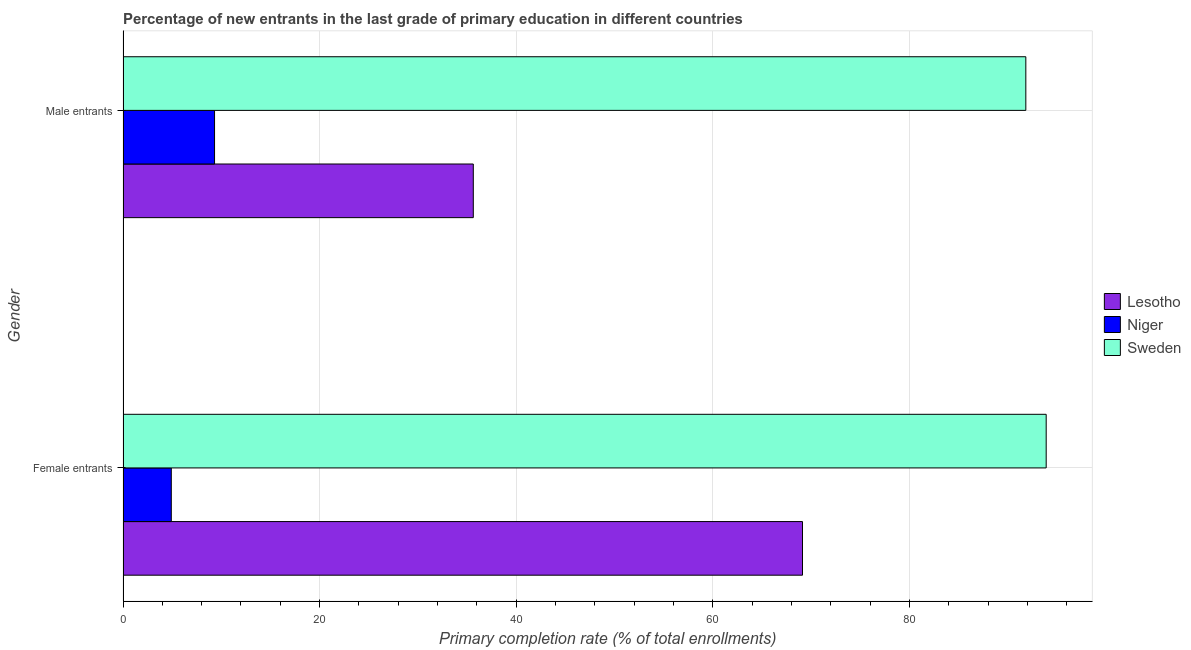
| Gender | Lesotho | Niger | Sweden |
 | --- | --- | --- | --- |
 | Female entrants | 69.1 | 4.91 | 93.9 |
 | Male entrants | 35.6 | 9.31 | 91.8 |